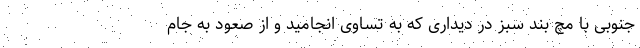
جنوبی با مچ بند سبز در دیداری که به تساوی انجامید و از صعود به جام